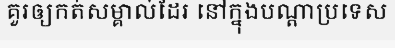
គួរឲ្យកត់សម្គាល់ដែរ នៅក្នុងបណ្តាប្រទេស